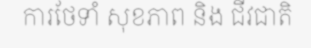
ការថែទាំ សុខភាព និង ជីវជាតិ